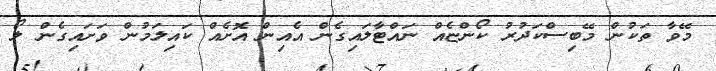
މޭވާ ތަކުން މޭބިސްކަދުރު ކޯންޏެއް ނައްޓާލައިގެން އެއިން އޮށެއް ކައިލަމުން ވަށައިގެން ލޯ